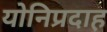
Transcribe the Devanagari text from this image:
योनिप्रदाह